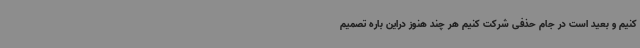
کنیم و بعید است در جام حذفی شرکت کنیم هر چند هنوز دراین باره تصمیم